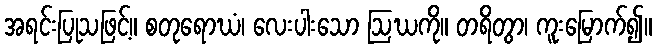
အရင်းပြုသဖြင့်။ စတုရောဃံ၊ လေးပါးသော ဩဃကို။ တရိတွာ၊ ကူးမြောက်၍။